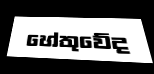
හේතුවේද